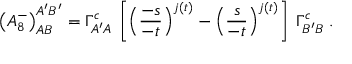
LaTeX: \left( { { \cal A } _ { 8 } ^ { - } } \right) _ { A B } ^ { A ^ { \prime } B ^ { \prime } } = \Gamma _ { A ^ { \prime } A } ^ { c } \: \left[ \left( { \frac { - s } { - t } } \right) ^ { j ( t ) } - \left( { \frac { s } { - t } } \right) ^ { j ( t ) } \right] \: \Gamma _ { B ^ { \prime } B } ^ { c } \; .